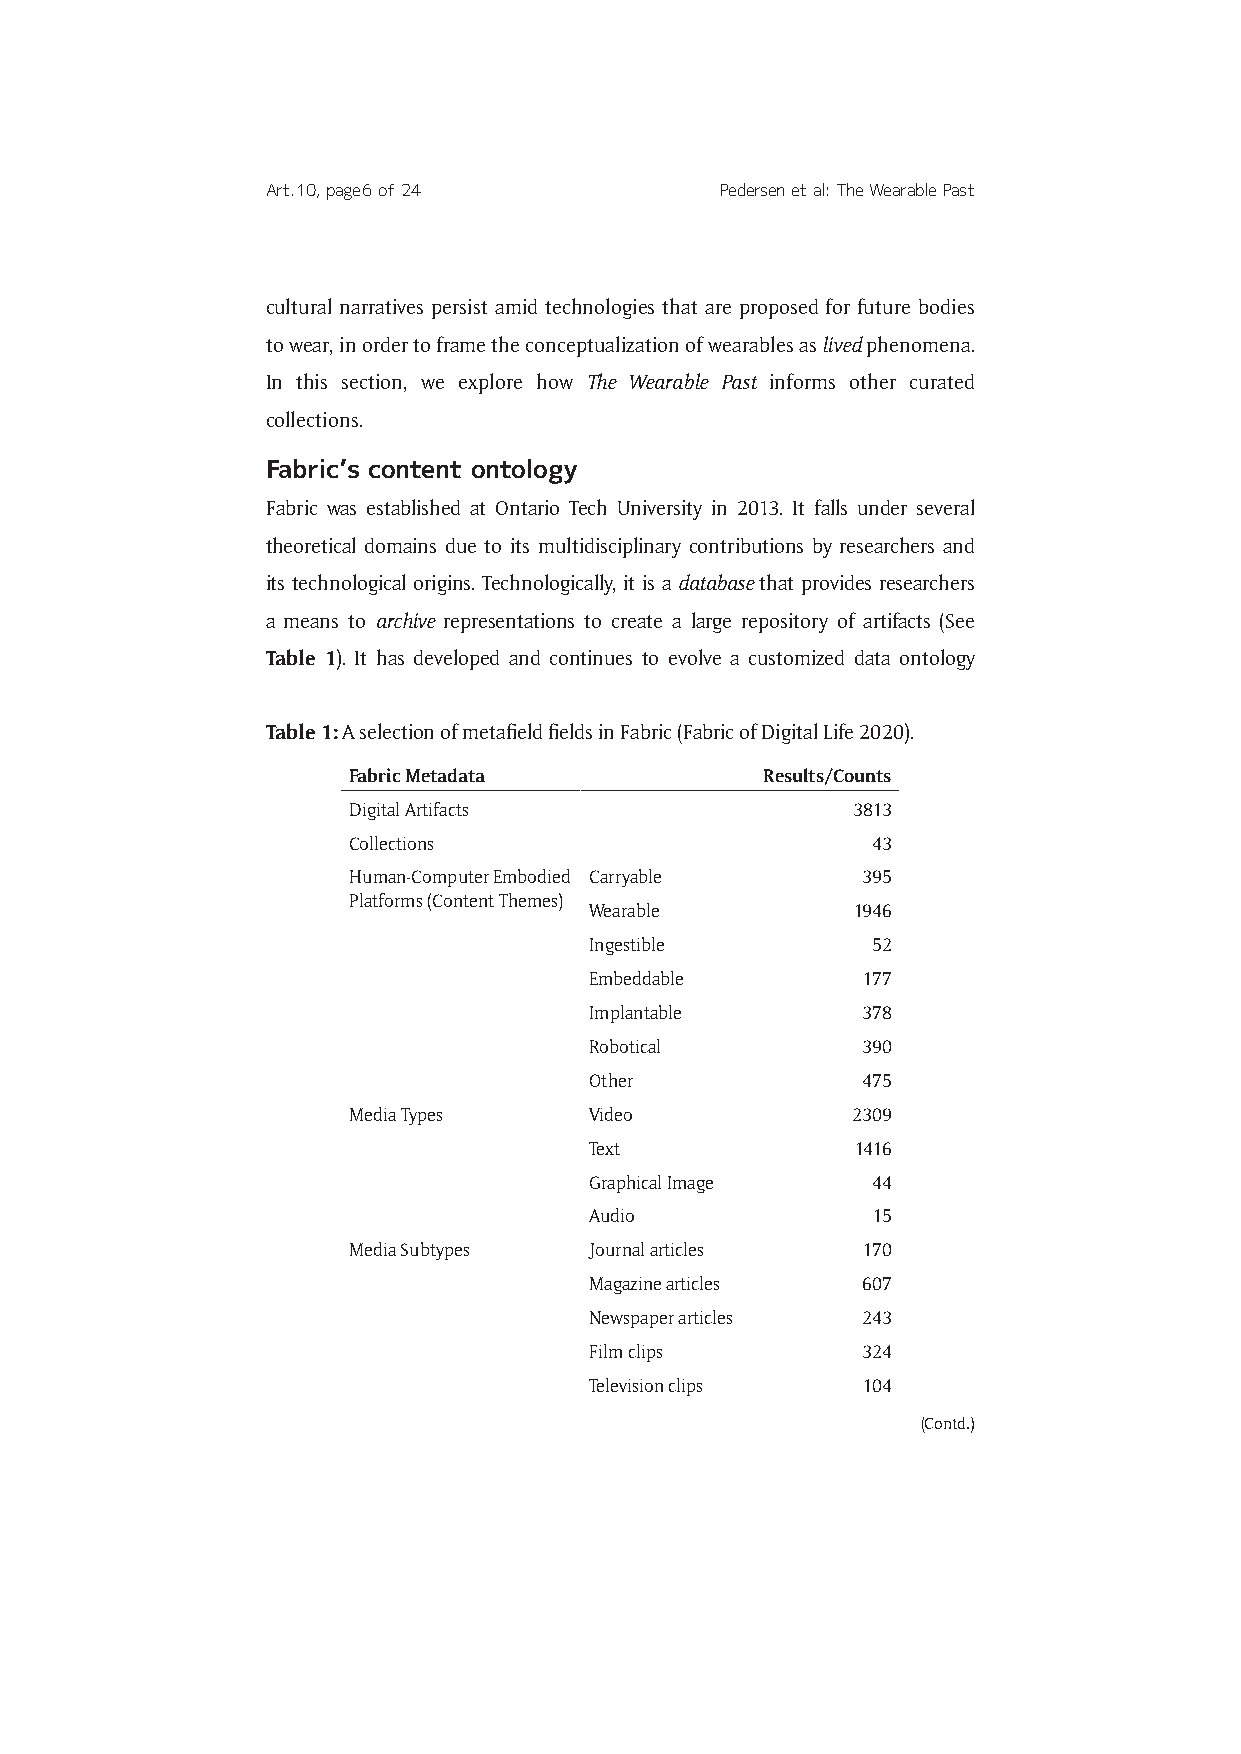
Art. 10, page 6 of 24         Pedersen et al: The Wearable Past
 cultural narratives persist amid technologies that are proposed for future bodies
 to wear, in order to frame the conceptualization of wearables as lived phenomena.
 In this section, we explore how The Wearable Past informs other curated
 collections.
 Fabric’s content ontology
 Fabric was established at Ontario Tech University in 2013. It falls under several
 theoretical domains due to its multidisciplinary contributions by researchers and
 its technological origins. Technologically, it is a database that provides researchers
 a means to archive representations to create a large repository of artifacts (See
 Table 1). It has developed and continues to evolve a customized data ontology
 Table 1: A selection of metafield fields in Fabric (Fabric of Digital Life 2020).
 Fabric Metadata             Results/Counts
 Digital Artifacts                3813
 Collections                        43
 Human-Computer Embodied Carryable 395
 Platforms (Content Themes)
 Wearable         1946
 Ingestible         52
 Embeddable        177
 Implantable       378
 Robotical         390
 Other             475
 Media Types     Video            2309
 Text              1416
 Graphical Image    44
 Audio              15
 Media Subtypes  Journal articles  170
 Magazine articles 607
 Newspaper articles 243
 Film clips        324
 Television clips  104
 (Contd.)